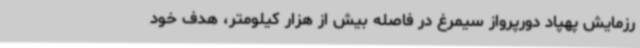
رزمایش پهپاد دورپرواز سیمرغ در فاصله بیش از هزار کیلومتر، هدف خود